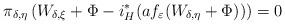
\begin{align*}\pi_{\delta,\eta}\left(W_{\delta,\xi}+\Phi-i_{H}^{*}(af_{\varepsilon}(W_{\delta,\eta}+\Phi))\right)=0\end{align*}